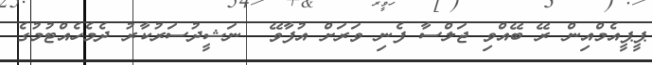
ޕީޕީއެމްއިން ރޭ ބޭއްވި ޖަލްސާ ފެނި ވަރަށް އުފާވޭ  ނަޝީދުސަރުކާރު ދެމެހެއްޓުމުގެ